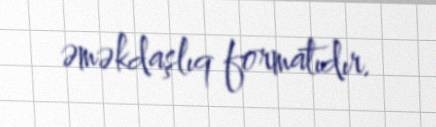
əməkdaşlıq formatıdır.